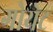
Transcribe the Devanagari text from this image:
गोयेट